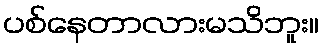
ပစ်နေတာလားမသိဘူး။